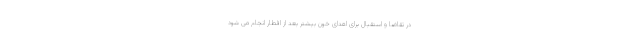
در تقاضا و استقبال برای اهدای خون بیشتر بعد از افطار انجام می شود